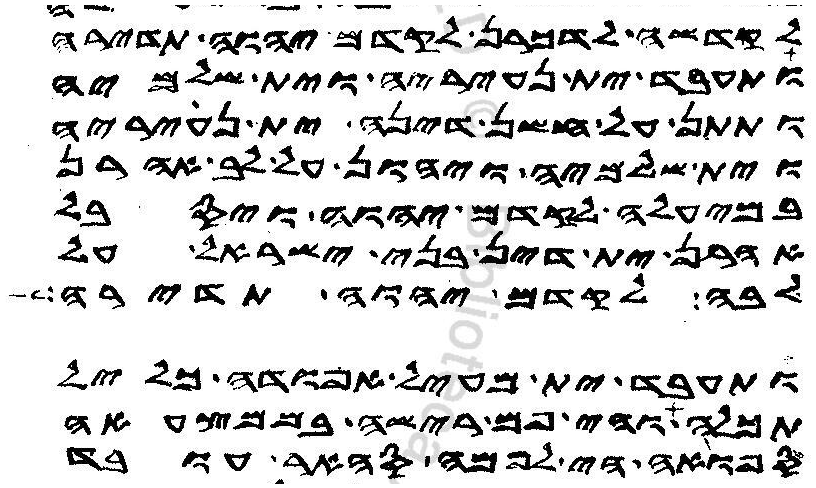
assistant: לקדשה לדכרן לקדם יהוה תדירה
ותעבד ית נעיריה וית שלמיה
ותתן על חשן דינה ית נעיריה
וית שלמיה ויהון על לב אהרן
במיעלה לקדם יהוה ויסבל
אהרן ית דין בני ישראל על
לבה לקדם יהוה תדירה
ותעבד ית מעיל אפודה כליל
תכלה והי פם רישה בממצעאה
ספואה הי לפמה סהאר עובד